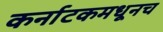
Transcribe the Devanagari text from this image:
कर्नाटकमधूनच